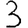
Digit: 3